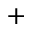
^ +